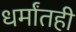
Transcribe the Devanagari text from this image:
धर्मांतही